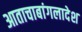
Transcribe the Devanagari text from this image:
आताचाबांगलादेश